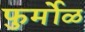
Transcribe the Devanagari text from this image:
फुर्मोळ